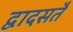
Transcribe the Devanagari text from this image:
द्वादसतैं